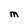
Character: M